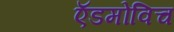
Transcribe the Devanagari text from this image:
ऍडमोविच